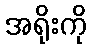
အရိုးကို